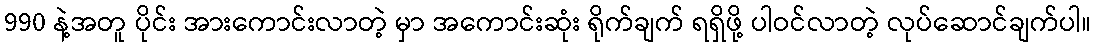
990 နဲ့အတူ ပိုင်း အားကောင်းလာတဲ့ မှာ အကောင်းဆုံး ရိုက်ချက် ရရှိဖို့ ပါဝင်လာတဲ့ လုပ်ဆောင်ချက်ပါ။